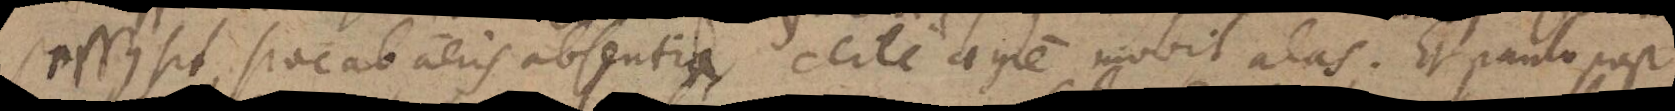
pressus sit, sive ab aeris absentia, certe aegre movit alas. Et paulo post